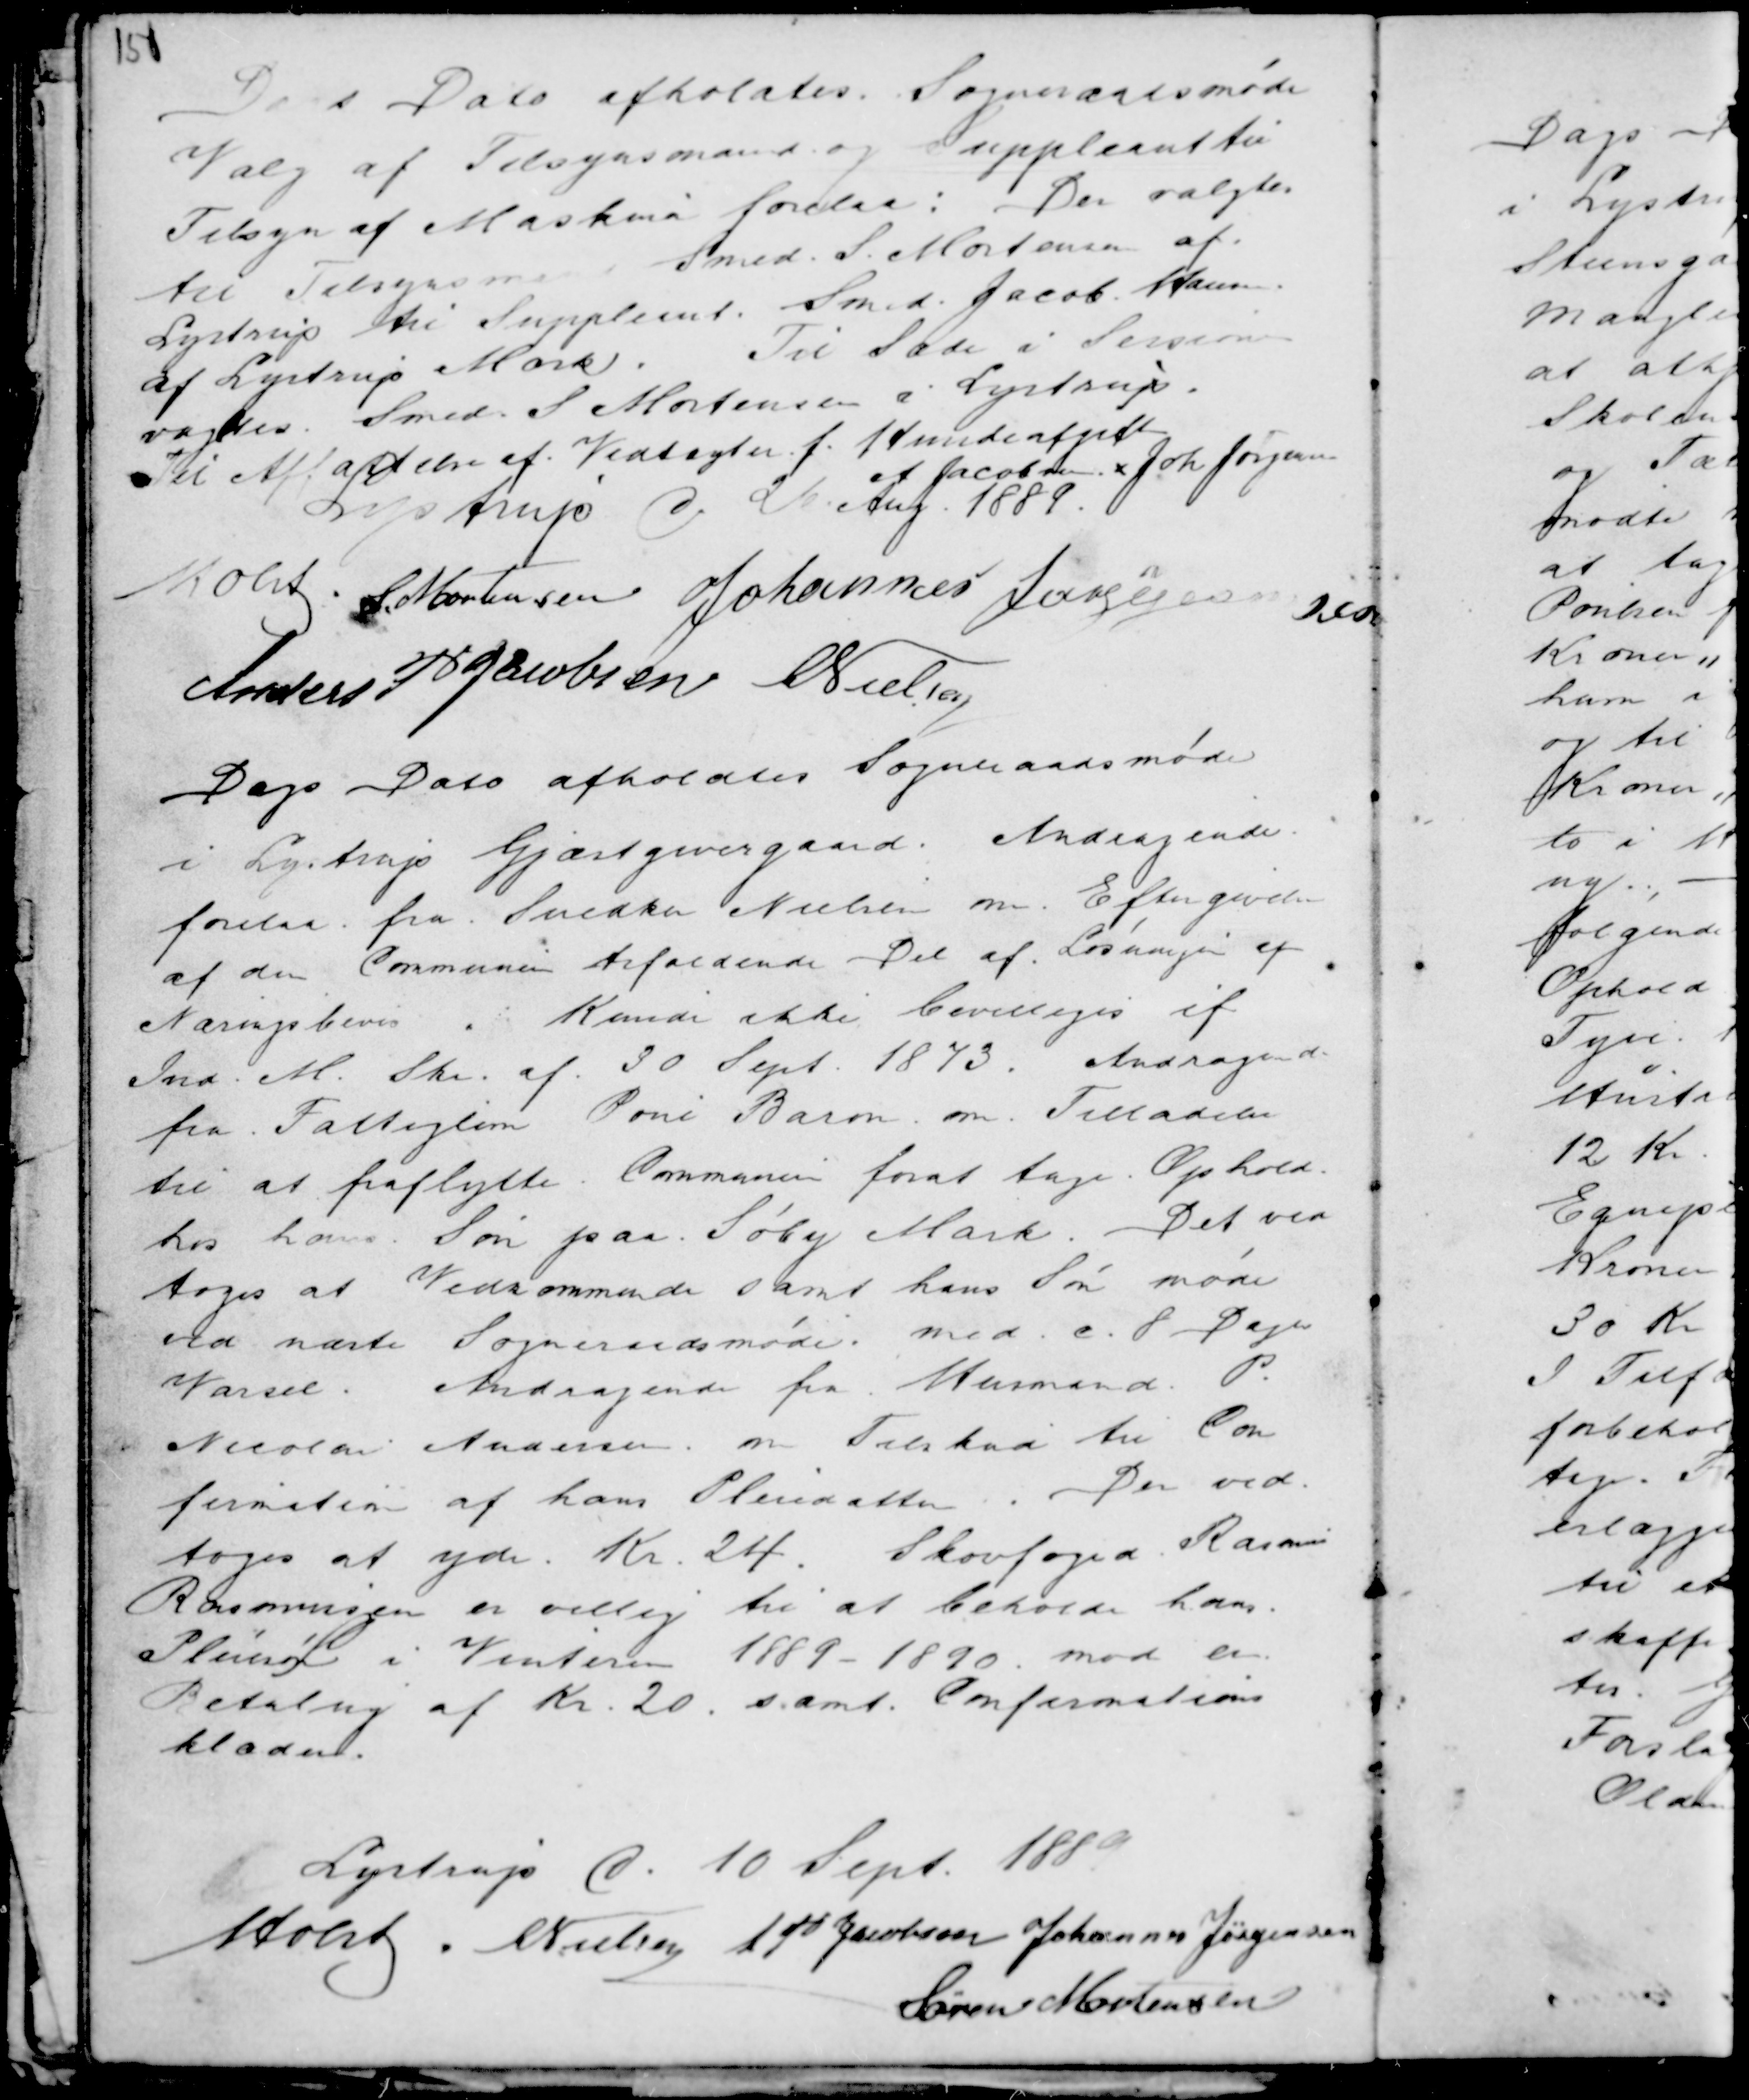
Transskription:
Dags Dato afholdtes Sogneraadsmøde
Valg af Tilsynsmand og Suppleanter
Tilsyn af Maskiner forelaa : Der valgtes
til Tilsynsmand : Smed S. Mortensen af
Lystrup til Suppleant Sned. Jacob Hansen
af Lystrup Mark. Til Sæde i Sessionen
vagtes Smed S. Mortensen i Lystrup.
Til affattelse af Vedtægter f. Hundeafgift
A Jacobsen x Joh Jørgensen
Lystrup d 26. Aug. 1889.
Holst . S Mortensen Johannes Jørggennes
Anders P Jacobsen C Nielsen

Dags Dato afholdtes Sogneraadsmøde
i Lystrup Gjæstgivergaard. Andragende
forelaa fra Snedker Nielsen om Eftergivelse
af den Communen tilfaldende Del af Løsningen af
Næringsbevis . Kunde ikke bevilliges if
Ind. M. Skr. af 30 Sept. 1873. Andragende
fra Fattiglem Poul Baron om Tilladelse
til at fraflytte Communen forat tage Ophold
hos hans Søn paa Søby Mark. Det ved
toges at Vedkommende samt hans Søn møde
ved næste Sogneraadsmøde med c. 8 Dages
Varsel. Andragende fra Husmand P.
Nicolai Andersen om Tilskud til Con
firmation af hans Pleiedatter. Der ved-
toges at yde . Kr. 24. Skovfoged Rasmus
Rasmussen er villig til at beholde hans
Pleiesøn i Vinteren 1889 - 1890 . mod en
Betaling af Kr. 20 . samt . Confirmations
klæder.

Lystrup d. 10 Sept. 1889
Holst . C Nielsen A P Jacobsen Johannes Jørgensen
Søren Mortensen